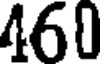
460